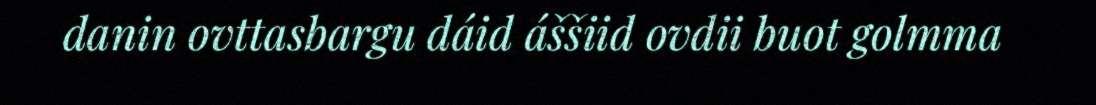
danin ovttasbargu dáid áššiid ovdii buot golmma